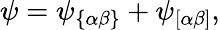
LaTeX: \psi=\psi_{\{ \alpha\beta\} }+\psi_{\left[\alpha\beta\right]},